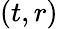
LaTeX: (t,r)